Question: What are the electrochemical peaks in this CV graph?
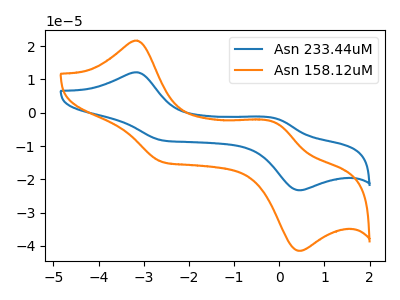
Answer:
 <answer>The blue curve "Asn 233.44uM" has anodic peaks at (-3.15V, 12.15uA) (-0.10V, -1.65uA) and cathodic peaks at (-2.60V, -8.30uA) (0.45V, -23.25uA). The orange curve "Asn 158.12uM" has anodic peaks at (-3.15V, 21.65uA) (-0.10V, -2.90uA) and cathodic peaks at (-2.60V, -14.80uA) (0.45V, -41.45uA).</answer>
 <eval></eval>